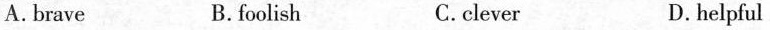
A.brave B.foolish C.clever D.helpful